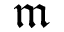
\mathfrak { m }